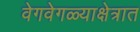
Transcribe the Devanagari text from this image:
वेगवेगळ्याक्षेत्रात